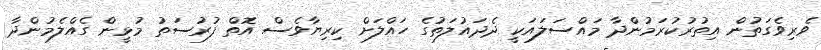
ވެރިވެގަތުން އިތުރުކުރަމުންދާ މައްސަލައަކީ ދެދައުލަތުގެ ހައްލަށް ކިރިޔާވެސް އޮތް ފުރުސަތު މުޅީން ގެއްލެމުންދާ